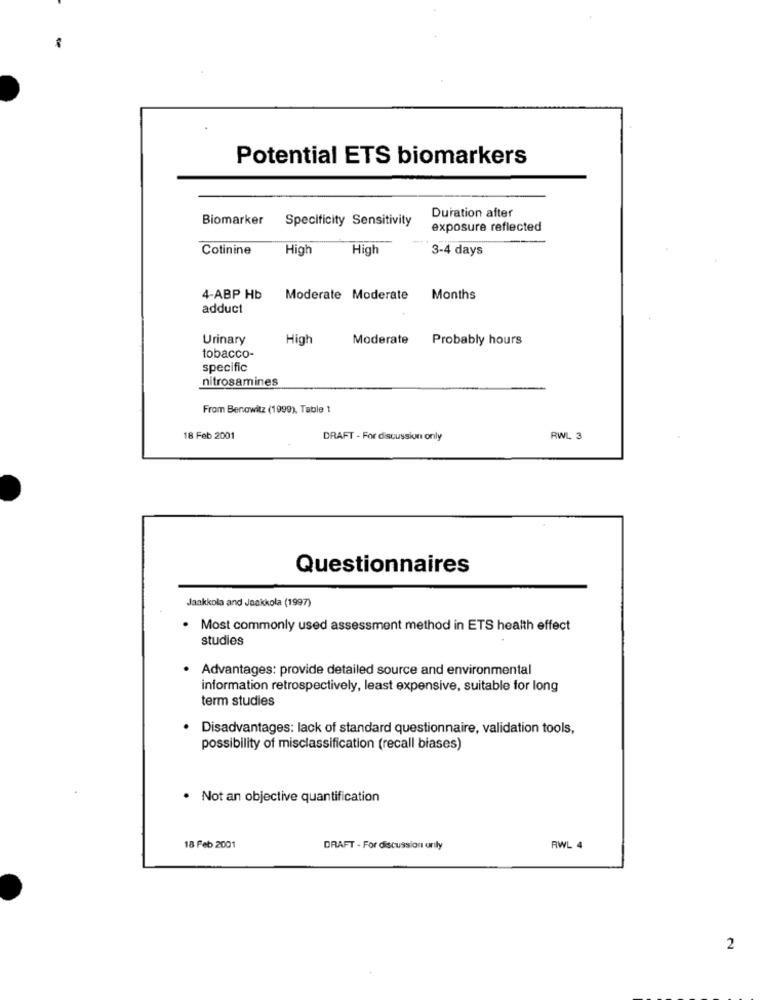
Potential ETS biomarkers
Duration after
Biomarker
Specificity Sensitivity
exposure reflected
Cotinine
High
High
3-4 days
4-ABP Hb
Moderate Moderate
Months
adduct
Urinary
High
Moderate Probably hours
tobacco-
specific
nitrosamines
From Benowitz (1999), Table 1
18 Feb 2001
DRAFT - For discussion only
RWL 3
Questionnaires
Jaakkola and Jaakkola (1997)
. Most commonly used assessment method in ETS health effect
studies
Advantages: provide detailed source and environmental
information retrospectively, least expensive, suitable for long
term studies
Disadvantages: lack of standard questionnaire, validation tools,
possibility of misclassification (recall biases)
· Not an objective quantification
18 Feb 2001
DRAFT - For discussion only
RWL 4
2